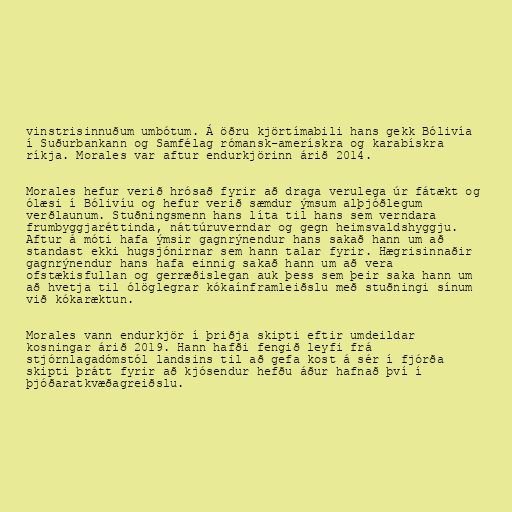
vinstrisinnuðum umbótum. Á öðru kjörtímabili hans gekk Bólivía
í Suðurbankann og Samfélag rómansk-amerískra og karabískra
ríkja. Morales var aftur endurkjörinn árið 2014.

Morales hefur verið hrósað fyrir að draga verulega úr fátækt og
ólæsi í Bólivíu og hefur verið sæmdur ýmsum alþjóðlegum
verðlaunum. Stuðningsmenn hans líta til hans sem verndara
frumbyggjaréttinda, náttúruverndar og gegn heimsvaldshyggju.
Aftur á móti hafa ýmsir gagnrýnendur hans sakað hann um að
standast ekki hugsjónirnar sem hann talar fyrir. Hægrisinnaðir
gagnrýnendur hans hafa einnig sakað hann um að vera
ofstækisfullan og gerræðislegan auk þess sem þeir saka hann um
að hvetja til ólöglegrar kókaínframleiðslu með stuðningi sínum
við kókaræktun.

Morales vann endurkjör í þriðja skipti eftir umdeildar
kosningar árið 2019. Hann hafði fengið leyfi frá
stjórnlagadómstól landsins til að gefa kost á sér í fjórða
skipti þrátt fyrir að kjósendur hefðu áður hafnað því í
þjóðaratkvæðagreiðslu.